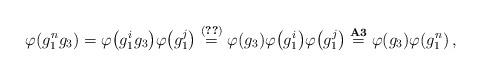
LaTeX: \begin{align*} \varphi (g^{n}_1 g_3) = \varphi \big( g^{i}_1 g_3 \big) \varphi \big( g^{j}_1 \big) \overset{(\ref{eq:5})}{=} \varphi (g_3) \varphi \big( g^{i}_1 \big) \varphi \big( g^{j}_1 \big) \overset{{\bf A3}}{=} \varphi (g_3) \varphi (g^{n}_1) \,,\end{align*}